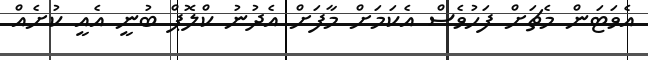
އެވަޓަން މެޗަށް ފަހުވެސް އެކަމަށް މާފަށް އެދުނު ކްލޮޕް ބުނީ އެއީ ކުށެއް